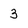
Character: 3